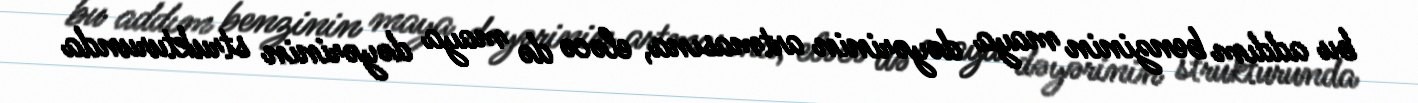
bu addım benzinin maya dəyərinin artmasına, eləcə də maya dəyərinin strukturunda